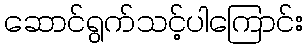
ဆောင်ရွက်သင့်ပါကြောင်း